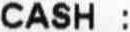
CASH :